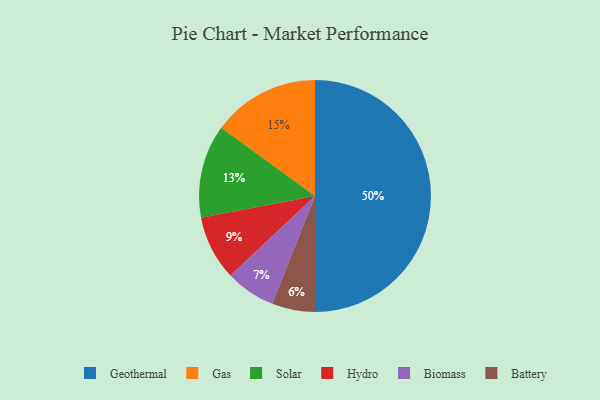
{"axis": {"x": "Category", "y": "Percentage"}, "legend": ["Battery", "Biomass", "Gas", "Geothermal", "Hydro", "Solar"], "data": [{"x": "Solar", "y": 13, "type": "Solar"}, {"x": "Geothermal", "y": 50, "type": "Geothermal"}, {"x": "Gas", "y": 15, "type": "Gas"}, {"x": "Battery", "y": 6, "type": "Battery"}, {"x": "Biomass", "y": 7, "type": "Biomass"}, {"x": "Hydro", "y": 9, "type": "Hydro"}]}